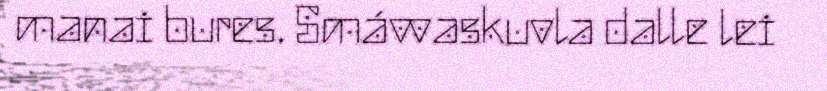
manai bures. Smávvaskuvla dalle lei